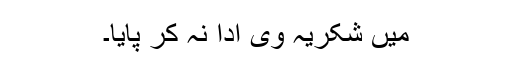
میں شکریہ وی ادا نہ کر پایا۔